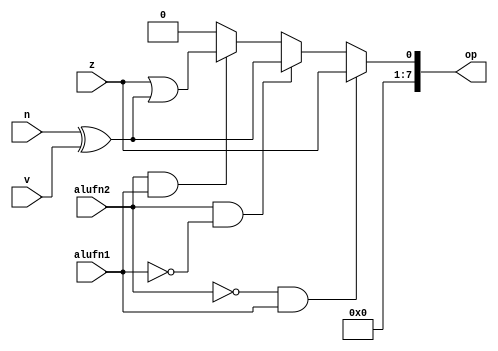
/*
   This file was generated automatically by the Mojo IDE version B1.3.5.
   Do not edit this file directly. Instead edit the original Lucid source.
   This is a temporary file and any changes made to it will be destroyed.
*/

module comparer_23 (
    input z,
    input v,
    input n,
    input alufn1,
    input alufn2,
    output reg [7:0] op
  );
  
  
  
  always @* begin
    op = 8'h00;
    if (alufn2 == 1'h0 & alufn1 == 1'h1) begin
      op[0+0-:1] = z;
    end else begin
      if (alufn2 == 1'h1 & alufn1 == 1'h0) begin
        op[0+0-:1] = n ^ v;
      end else begin
        if (alufn2 == 1'h1 & alufn1 == 1'h1) begin
          op[0+0-:1] = z | (n ^ v);
        end
      end
    end
  end
endmodule